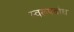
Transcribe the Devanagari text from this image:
स्वरूपबोध